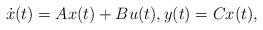
LaTeX: \begin{align*}\dot x(t)=Ax(t)+Bu(t),y(t)=Cx(t),\end{align*}